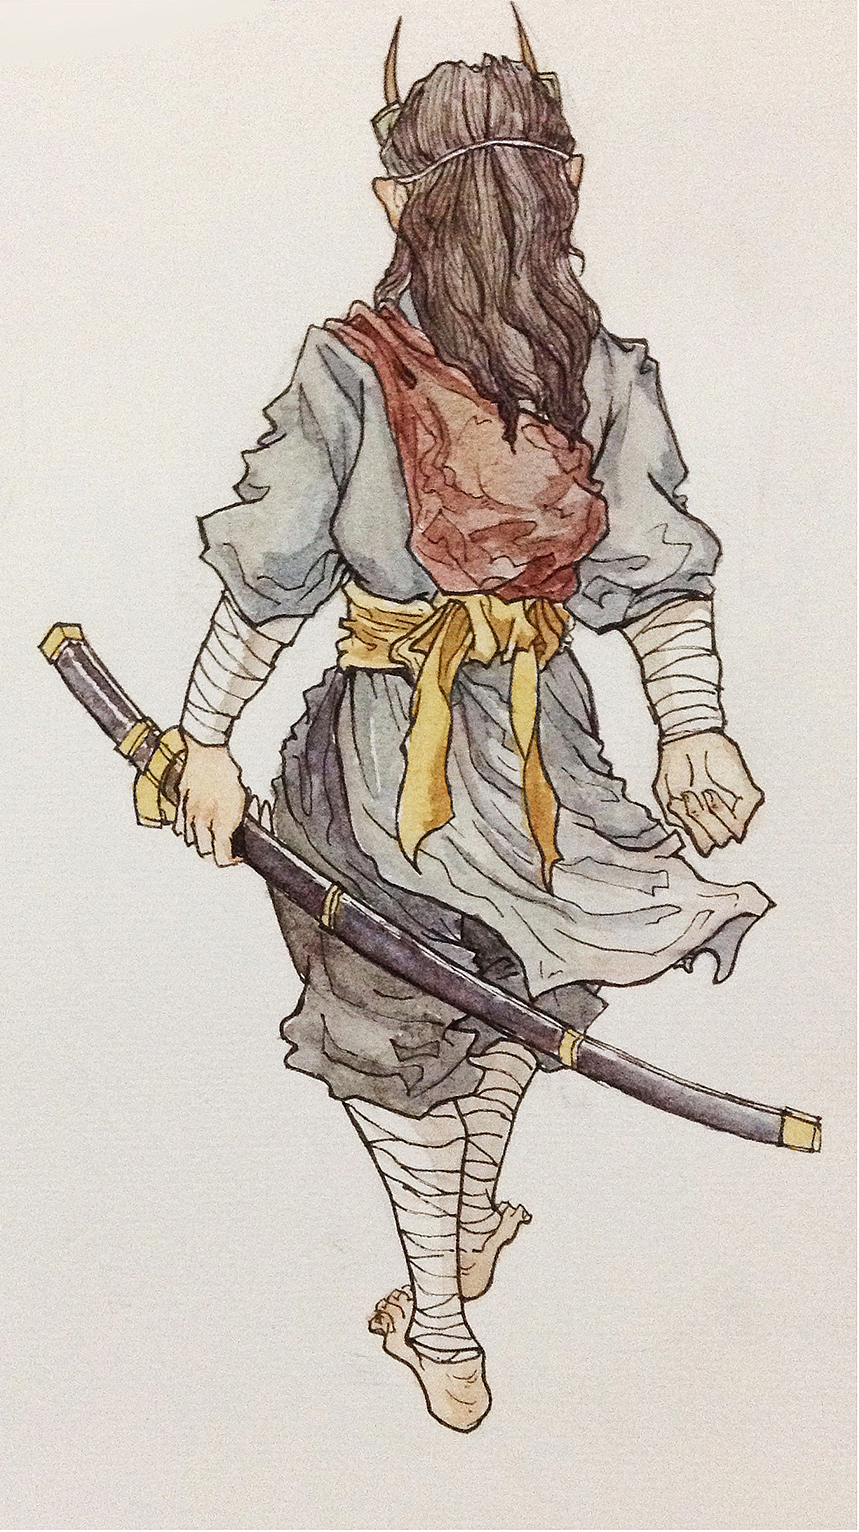
人生得意须尽欢，莫使金樽空对月。